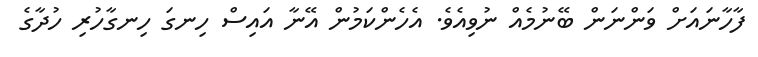
ފާހާނައަށް ވަންނަން ބޭނުމެއް ނުވިއެވެ. އެހެންކަމުން އޭނާ އައިސް ހިނގަ ހިނގާހުރި ހުދާގެ